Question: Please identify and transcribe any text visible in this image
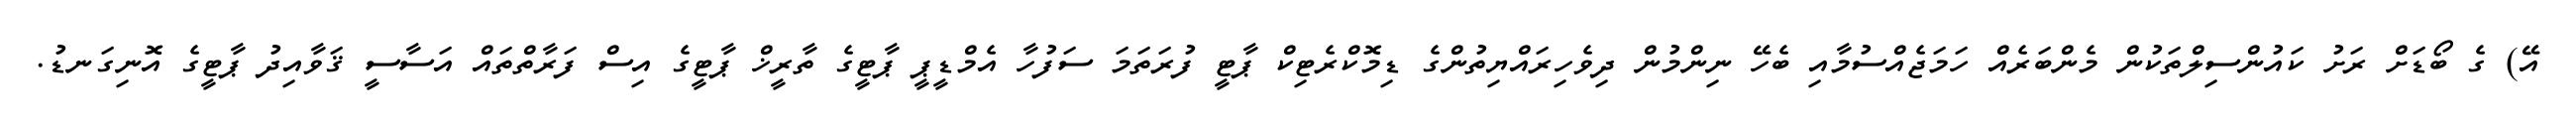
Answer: އޭ) ގެ ބޯޑަށް ރަށު ކައުންސިލްތަކުން މެންބަރެއް ހަމަޖެއްސުމާއި ބެހޭ ނިންމުން ދިވެހިރައްޔިތުންގެ ޑިމޮކްރެޓިކް ޕާޓީ ފުރަތަމަ ސަފުހާ އެމްޑީޕީ ޕާޓީގެ ތާރީޚް ޕާޓީގެ އިސް ފަރާތްތައް އަސާސީ ޤަވާއިދު ޕާޓީގެ އޮނިގަނޑު.